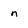
Character: n